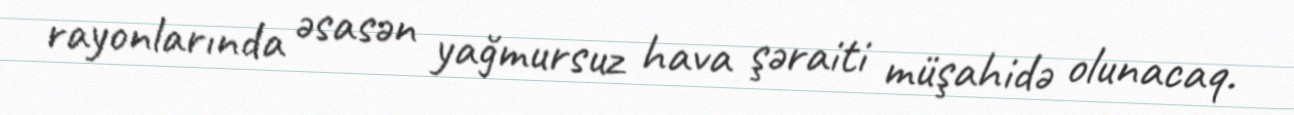
rayonlarında əsasən yağmursuz hava şəraiti müşahidə olunacaq.